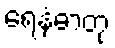
ရေနံဓာတု